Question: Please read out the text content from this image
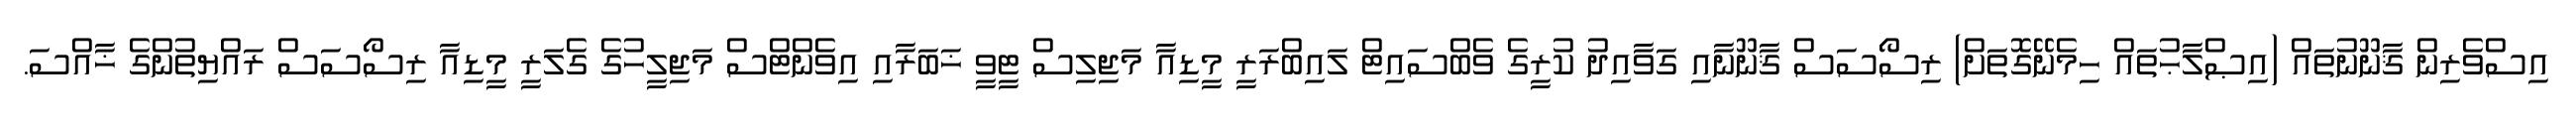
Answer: އިސްވެރިން ޤާނޫނުތައް (އިޞްލާޙުތައް ހިމެނޭގޮތަށް) ރިސޯސަސް ޤާނޫނާއި ގަވާއިދު ކުރީގެ ވެބްސައިޓް ލައިބްރަރީ މީޑިއާ މަޖިލިސް ޓީވީ ޚަބަރާއި އިވެންޓްސް މަޖިލީހުގެ ގެލަރީ މީޑިއާ ރިސޯސަސް ރައްޔިތުންގެ ޚާއްސަ.